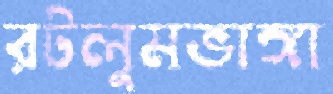
রটলুমভাঙ্গা